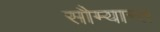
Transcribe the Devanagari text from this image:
सौम्यान्त